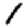
Digit: 1